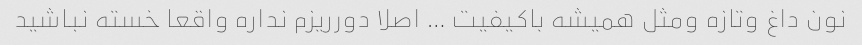
نون داغ وتازه ومثل همیشه باکیفیت … اصلا دورریزم نداره واقعا خسته نباشید